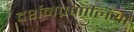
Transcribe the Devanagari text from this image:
दर्शनप्रणालियों